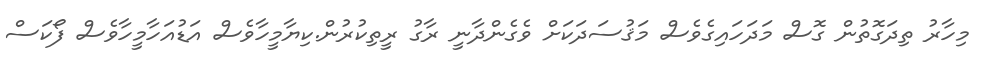
މިހާރު ތިދަގޮތުން ގޮސް މަދަހައިގެވެސް މަޤުސަދަކަށް ވެގެންދާނީ ރާގު ރީތިކުރުން.ކިޔާމީހާވެސް އަޑުއަހާމީހާވެސް ފޯކަސް